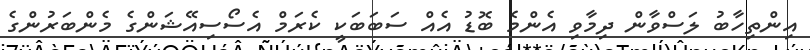
އިންތިހާބު ލަސްވާން ދިމާވި އެންމެ ބޮޑު އެއް ސަބަބަކީ ކެރަމް އެސޯސިއޭޝަންގެ މެންބަރުންގެ